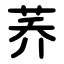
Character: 荞